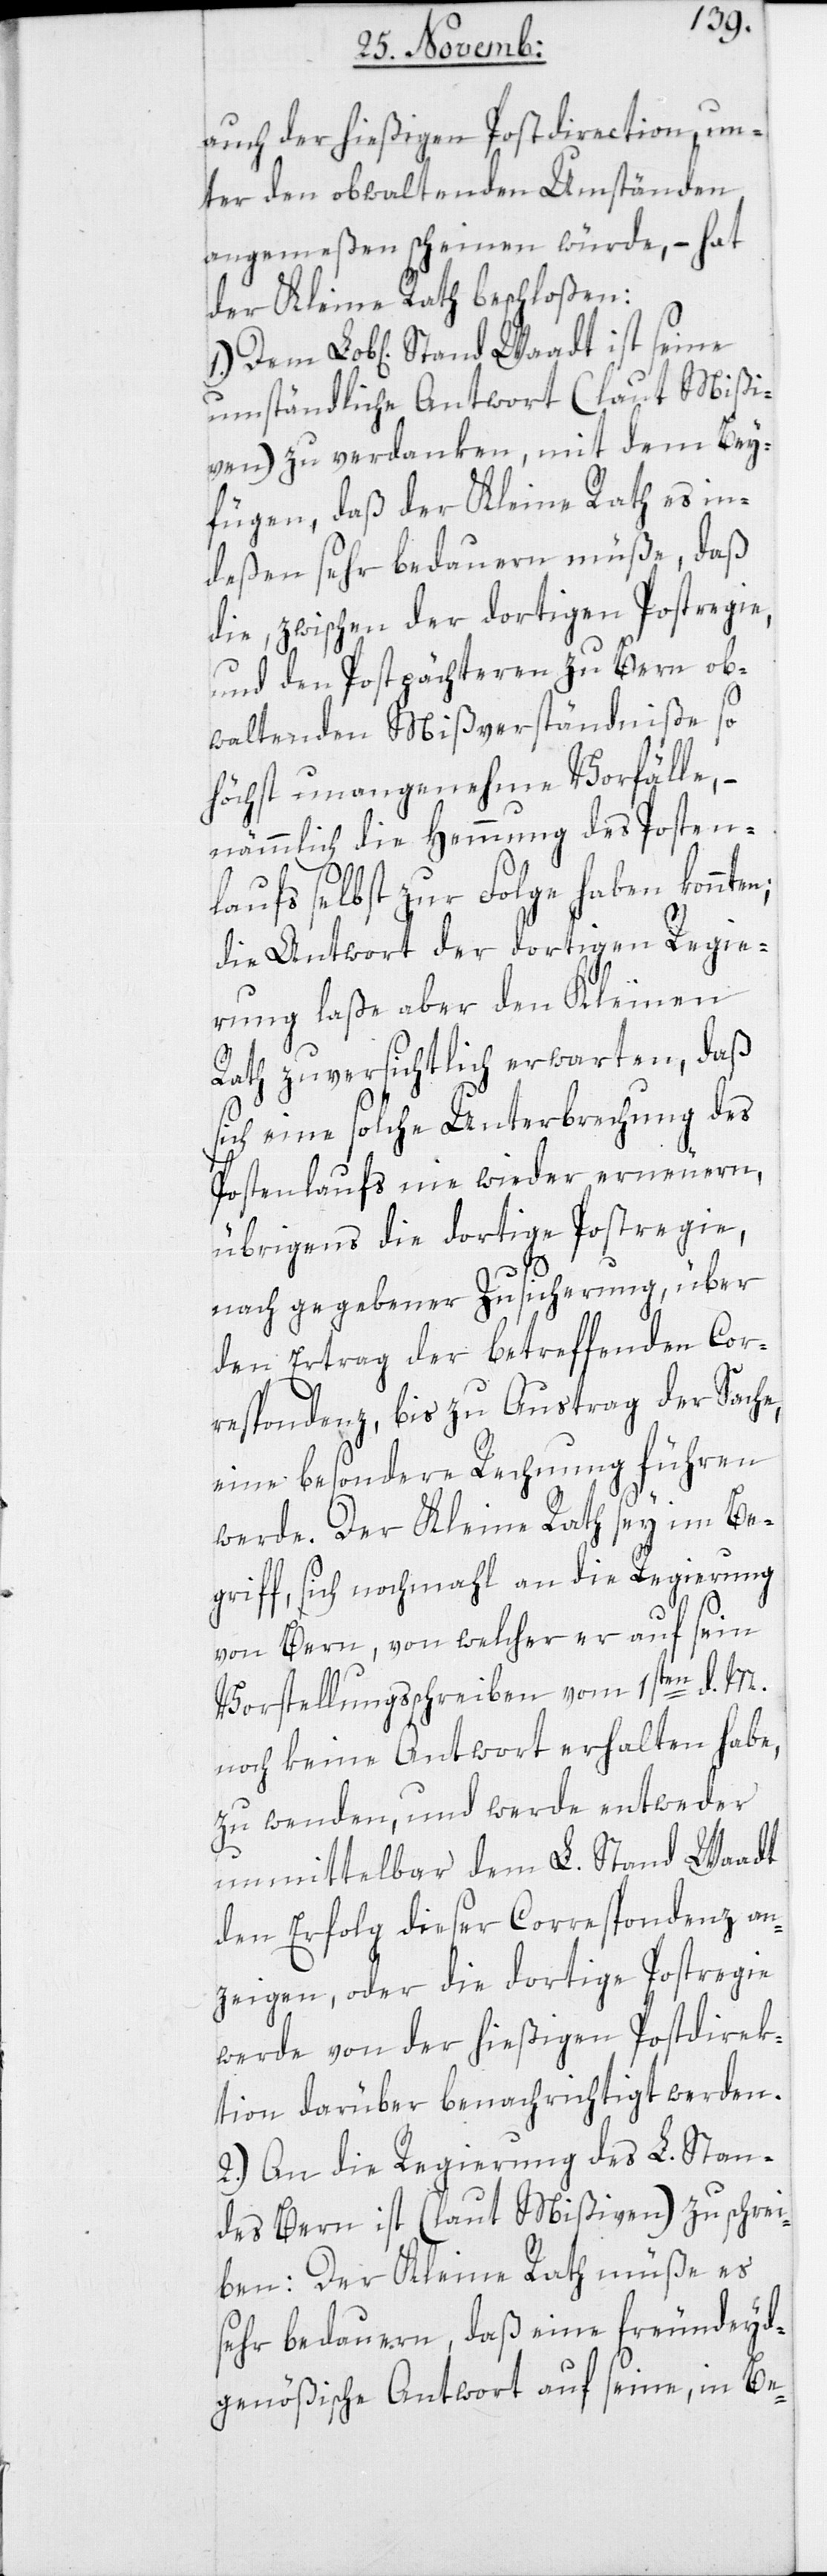
auch der hießigen Postdirection un¬
ter den obwaltenden Umständen
angemeßen scheinen würde, – hat
der Kleine Rath beschloßen:
umständliche Antwort (laut Mißi¬
ven) zu verdanken, mit dem Bey¬
fügen, daß der Kleine Rath es in¬
deßen sehr bedauern müße, daß
die zwischen der dortigen Postregie,
und den Postpächteren zu Bern ob¬
waltenden Mißverständniße so
höchst unangenehme Vorfälle, –
nämmlich die Hemmung des Posten¬
laufs selbst zur Folge haben konnte¬
die Antwort der dortigen Regie¬
rung laße aber den Kleinen
Rath zuversichtlich erwarten, daß
sich eine solche Unterbrechung des
Postenlaufs nie wieder erneuern,
übrigens die dortige Postregie,
nach gegebener Zusicherung, über
den Ertrag der betreffenden Cor¬
respondenz, bis zu Austrag der Sache,
eine besondere Rechnung führen
werde. Der Kleine Rath sey im Be¬
griff, sich nochmahl an die Regierung
n;
von Bern, von welcher er auf sein
Vorstellungsschreiben vom 1sten d. M.
noch keine Antwort erhalten habe,
zu wenden, und werde entweder
unmittelbar dem L. Stand Waadt
den Erfolg dieser Correspondenz an¬
zeigen, oder die dortige Postregie
werde von der hießigen Postdirek¬
tion darüber benachrichtigt werden.
2.) An die Regierung des L. Stan¬
des Bern ist (laut Mißiven) zu schrei¬
ben: Der Kleine Rath müße es
sehr bedauern, daß eine freundeyd¬
genößische Antwort auf seine, in Be-